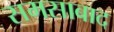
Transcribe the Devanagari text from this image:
समसाबाद